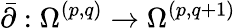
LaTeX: {\bar{\partial}}:\Omega^{(p,q)}\to\Omega^{(p,q+1)}